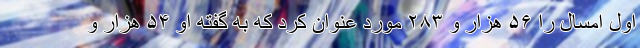
اول امسال را ۵۶ هزار و ۲۸۳ مورد عنوان کرد که به گفته او ۵۴ هزار و